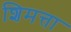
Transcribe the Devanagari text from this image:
शिमत्ता